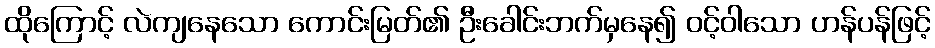
ထိုကြောင့် လဲကျနေသော ကောင်းမြတ်၏ ဦးခေါင်းဘက်မှနေ၍ ဝင့်ဝါသော ဟန်ပန်ဖြင့်